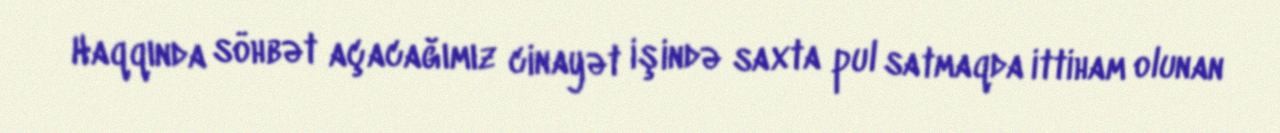
Haqqında söhbət açacağımız cinayət işində saxta pul satmaqda ittiham olunan